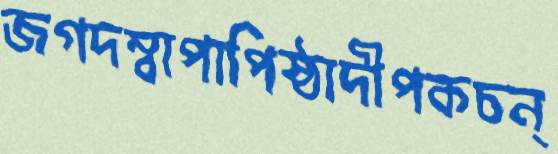
জগদম্বাপাপিষ্ঠাদীপকচন্